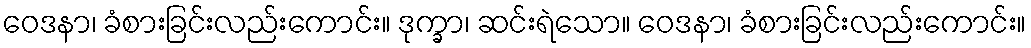
ဝေဒနာ၊ ခံစားခြင်းလည်းကောင်း။ ဒုက္ခာ၊ ဆင်းရဲသော။ ဝေဒနာ၊ ခံစားခြင်းလည်းကောင်း။